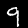
Label: 9